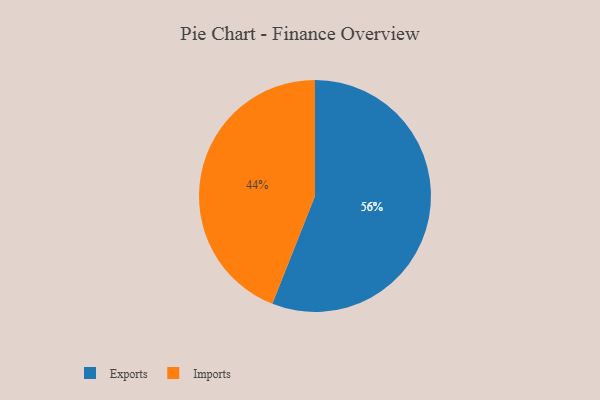
{"axis": {"x": "Category", "y": "Percentage"}, "legend": ["Exports", "Imports"], "data": [{"x": "Exports", "y": 56, "type": "Exports"}, {"x": "Imports", "y": 44, "type": "Imports"}]}